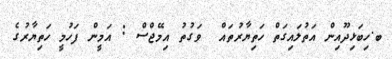
ބ.ހިބަޅިދޫއިން އަތުލައިގަތް ހަތިޔާރުތައް  ވަގުތު އިމޭޖްސް : އަމީން ފަހުމީ ހަތިޔާރުގެ